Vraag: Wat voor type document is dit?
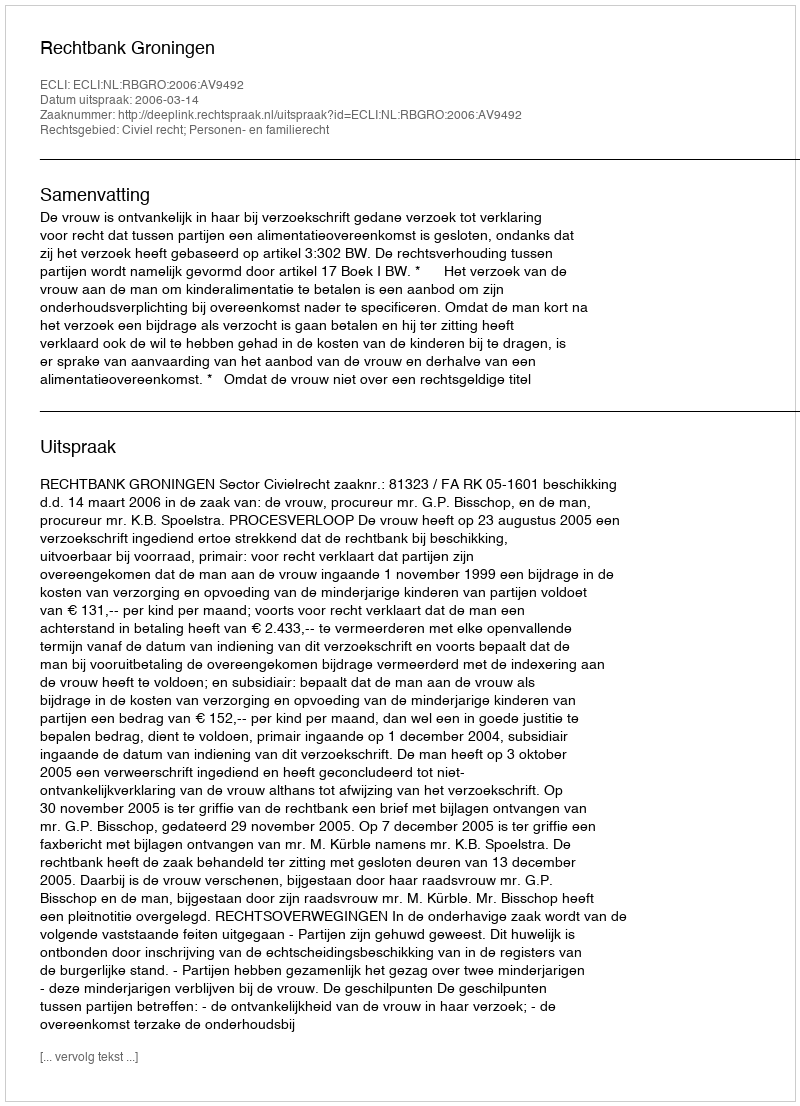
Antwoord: Uitspraak